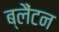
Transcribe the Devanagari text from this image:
ब्लैंटन